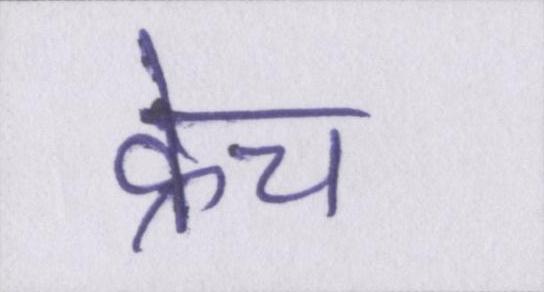
क्रेच